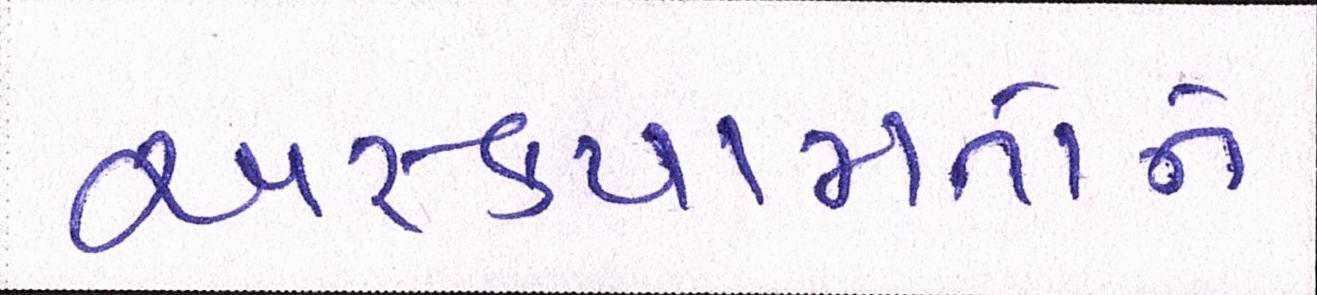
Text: અસ્કયામતોને